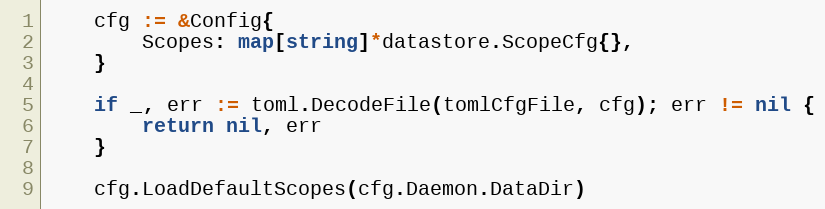
Language: Go
	cfg := &Config{
		Scopes: map[string]*datastore.ScopeCfg{},
	}

	if _, err := toml.DecodeFile(tomlCfgFile, cfg); err != nil {
		return nil, err
	}

	cfg.LoadDefaultScopes(cfg.Daemon.DataDir)